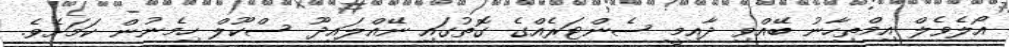
އޯލެވެލް އިމްތިހާނު ބޭއްވި ދާއިމީ ސެންޓަރެއްގެ ގޮތުގައި ނޭއްލައިދޫ ސްކޫލް ހިމެނުން ކަމަށެވެ.